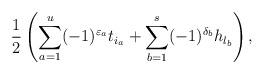
LaTeX: \begin{gather*}{1\over 2}\left(\sum_{a=1}^u (-1)^{\varepsilon_a}t_{i_a}+\sum_{b=1}^s (-1)^{\delta_b}h_{l_b}\right),\end{gather*}